Report on sanitation, dispensaries, and jails in Rajputana for 1916, and on vaccination for the year 1916-1917 - 1916-1917
Year: 1916
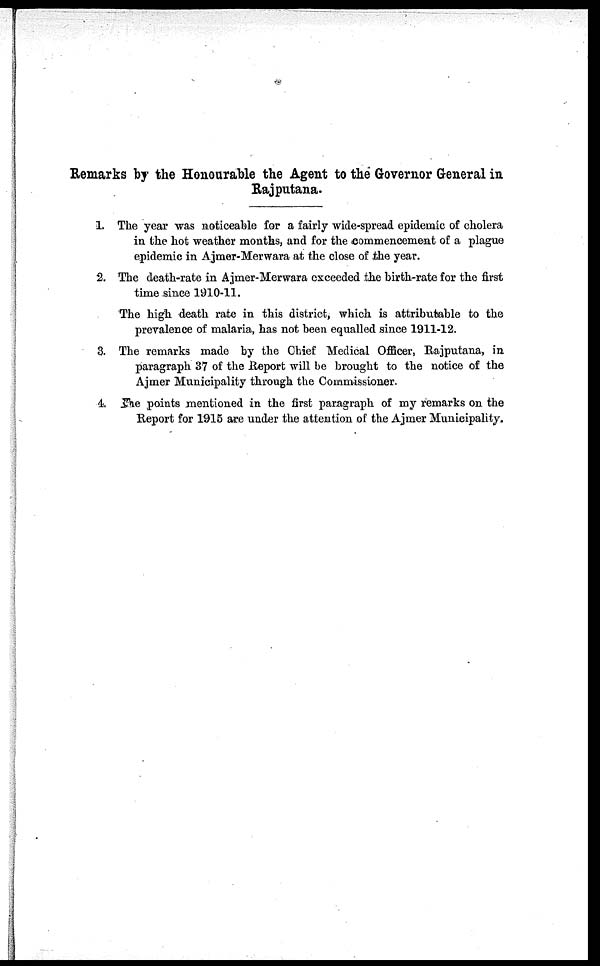
Remarks by the Honourable the Agent to the Governor General in
Rajputana.
1 The year was noticeable for a fairly wide-spread epidemic of cholera
in the hot weather months, and for the commencement of a plague
epidemic in Ajmer-Merwara at the close of the year.
2. The death-rate in Ajmer-Merwara exceeded the birth-rate for the first
time since 1910-11.
The high death rate in this district, which is attributable to the
prevalence of malaria, has not been equalled since 1911-12.
3. The remarks made by the Chief Medical Officer, Rajputana, in
paragraph 37 of the Report will be brought to the notice of the
Ajmer Municipality through the Commissioner.
4. The points mentioned in the first paragraph of my remarks on the
Report for 1915 are under the attention of the Ajmer Municipality.